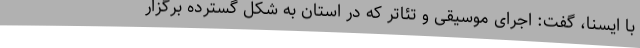
با ایسنا، گفت: اجرای موسیقی و تئاتر که در استان به شکل گسترده برگزار